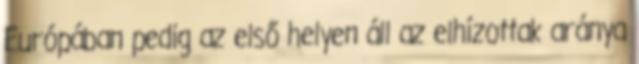
Európában pedig az első helyen áll az elhízottak aránya